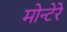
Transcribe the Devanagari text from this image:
मोन्टेरे